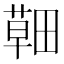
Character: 𦹸